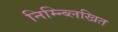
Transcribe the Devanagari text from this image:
निम्न्ब्लिखित